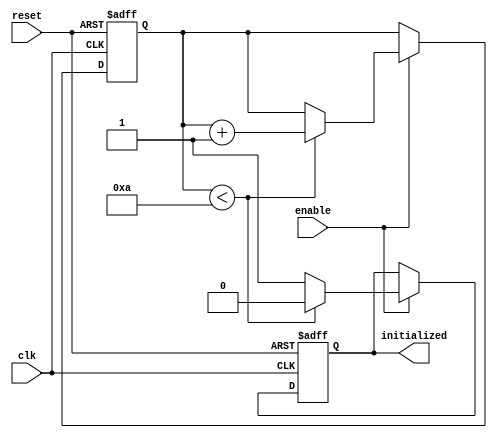
module ClockCycleInitialization (
    input wire clk,          // Clock signal
    input wire reset,        // Active-high reset signal
    input wire enable,       // Control signal for initialization
    output reg initialized   // Flag indicating successful initialization
);

    // Internal state variable
    reg [3:0] init_counter;  // Counter to track initialization cycles
    parameter INIT_CYCLES = 4'd10; // Define the number of cycles for initialization

    // State management
    always @(posedge clk or posedge reset) begin
        if (reset) begin
            // Reset state: Initialize all registers and states
            initialized <= 1'b0;
            init_counter <= 4'b0; // Reset the counter
        end else if (enable) begin
            // If enable is high, manage initialization
            if (init_counter < INIT_CYCLES) begin
                // Increment the initialization counter
                init_counter <= init_counter + 1'b1;
                initialized <= 1'b0; // Still initializing
            end else begin
                // Initialization complete
                initialized <= 1'b1;
            end
        end
    end

endmodule